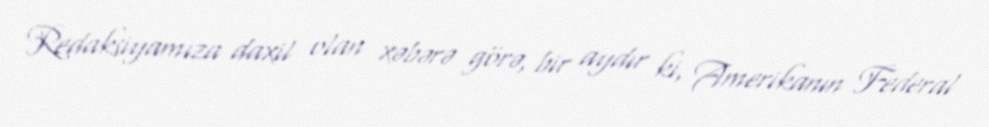
Redaksiyamıza daxil olan xəbərə görə, bir aydır ki, Amerikanın Federal